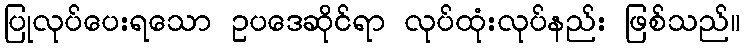
ပြုလုပ်ပေးရသော ဥပဒေဆိုင်ရာ လုပ်ထုံးလုပ်နည်း ဖြစ်သည်။